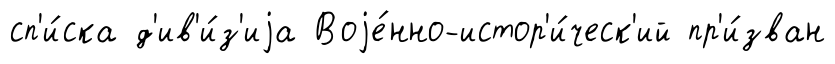
сп'и́ска д'ив'и́з'иjа Воjе́нно-истор'и́ческ'ий пр'и́зван